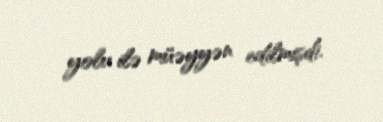
yolu ilə müəyyən edilmişdi.